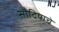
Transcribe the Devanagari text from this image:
सौदियाचे